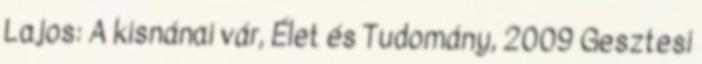
Lajos: A kisnánai vár, Élet és Tudomány, 2009 Gesztesi